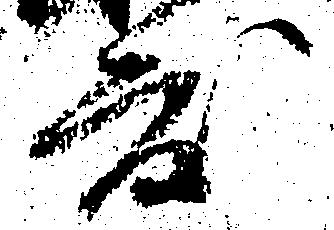
度